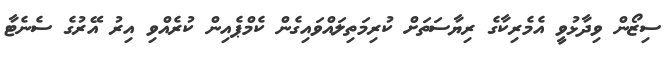
ސިޒޯން ވިދާޅުވީ އެމެރިކާގެ ރިޔާސަތަށް ކުރިމަތިލައްވައިގެން ކެމްޕެއިން ކުރެއްވި އިރު އޭރުގެ ސެނެޓާ